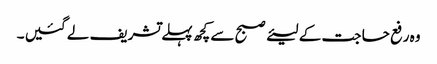
وہ رفع حا جت کے لیئے صبح سے کچھ پہلے تشریف لے گئیں ۔